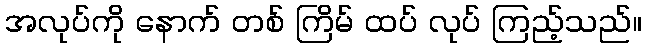
အလုပ်ကို နောက် တစ် ကြိမ် ထပ် လုပ် ကြည့်သည်။